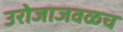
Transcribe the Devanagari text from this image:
उरोजाजवळच